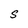
Character: S